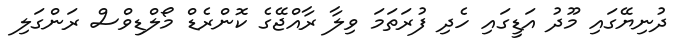
ދުނިޔޭގައި މޫދު އަޑީގައި ހެދި ފުރަތަމަ ވިލާ ރާއްޖޭގެ ކޮންރެޑް މޯލްޑިވްސް ރަންގަލި